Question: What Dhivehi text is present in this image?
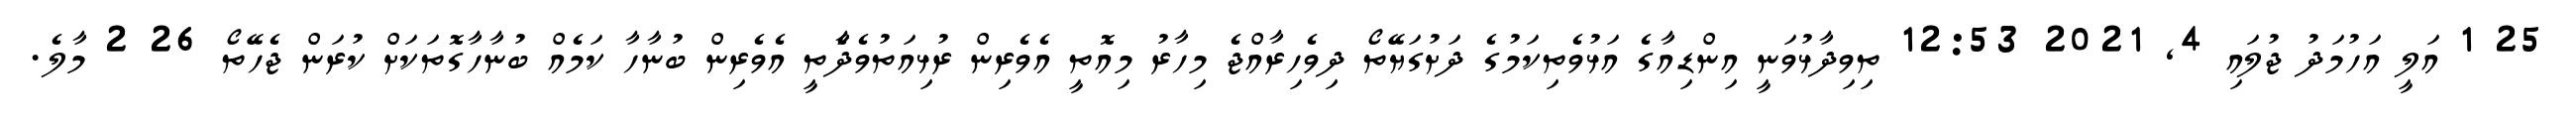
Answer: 25 1 އަލީ އަހުމަދު ޖުލައި 4, 2021 12:53 ތިވިދާޅުވަނީ އިންޑިއާގެ އަޅުވެތިކަމުގެ ދަށުގަޔޭތޯ ދިވެހިރާއްޖެ މިހާރު މިއޮތީ އެވެރިން ރުޅިއަތުވެދާެތީ އެވެރިން ބުނާހާ ކަމެއް ބުނާހާގޮތަކަށް ކުރަން ޖެހޭތޯ 26 2 މާލެ.